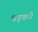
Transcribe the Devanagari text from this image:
धड़्कने